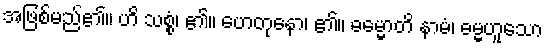
အဖြစ်မည်၏။ ဟိ သစ္စံ၊ ၏။ ဟေတုနော၊ ၏။ ဓမ္မောတိ နာမံ၊ ဓမ္မဟူသော